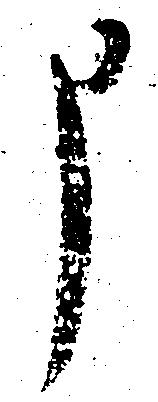
申